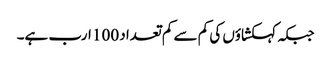
جبکہ کہکشاؤں کی کم سے کم تعداد 100 ارب ہے۔